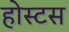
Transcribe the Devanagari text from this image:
होस्टस